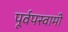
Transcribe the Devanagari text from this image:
पूर्वपस्वामी